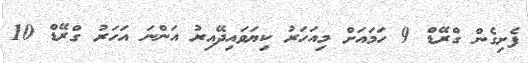
ފެށިގެން ގްރޭޑް 9 ހަމައަށް މިއަހަރު ކިޔަވައިދޭއިރު އަންނަ އަހަރު ގްރޭޑް 10